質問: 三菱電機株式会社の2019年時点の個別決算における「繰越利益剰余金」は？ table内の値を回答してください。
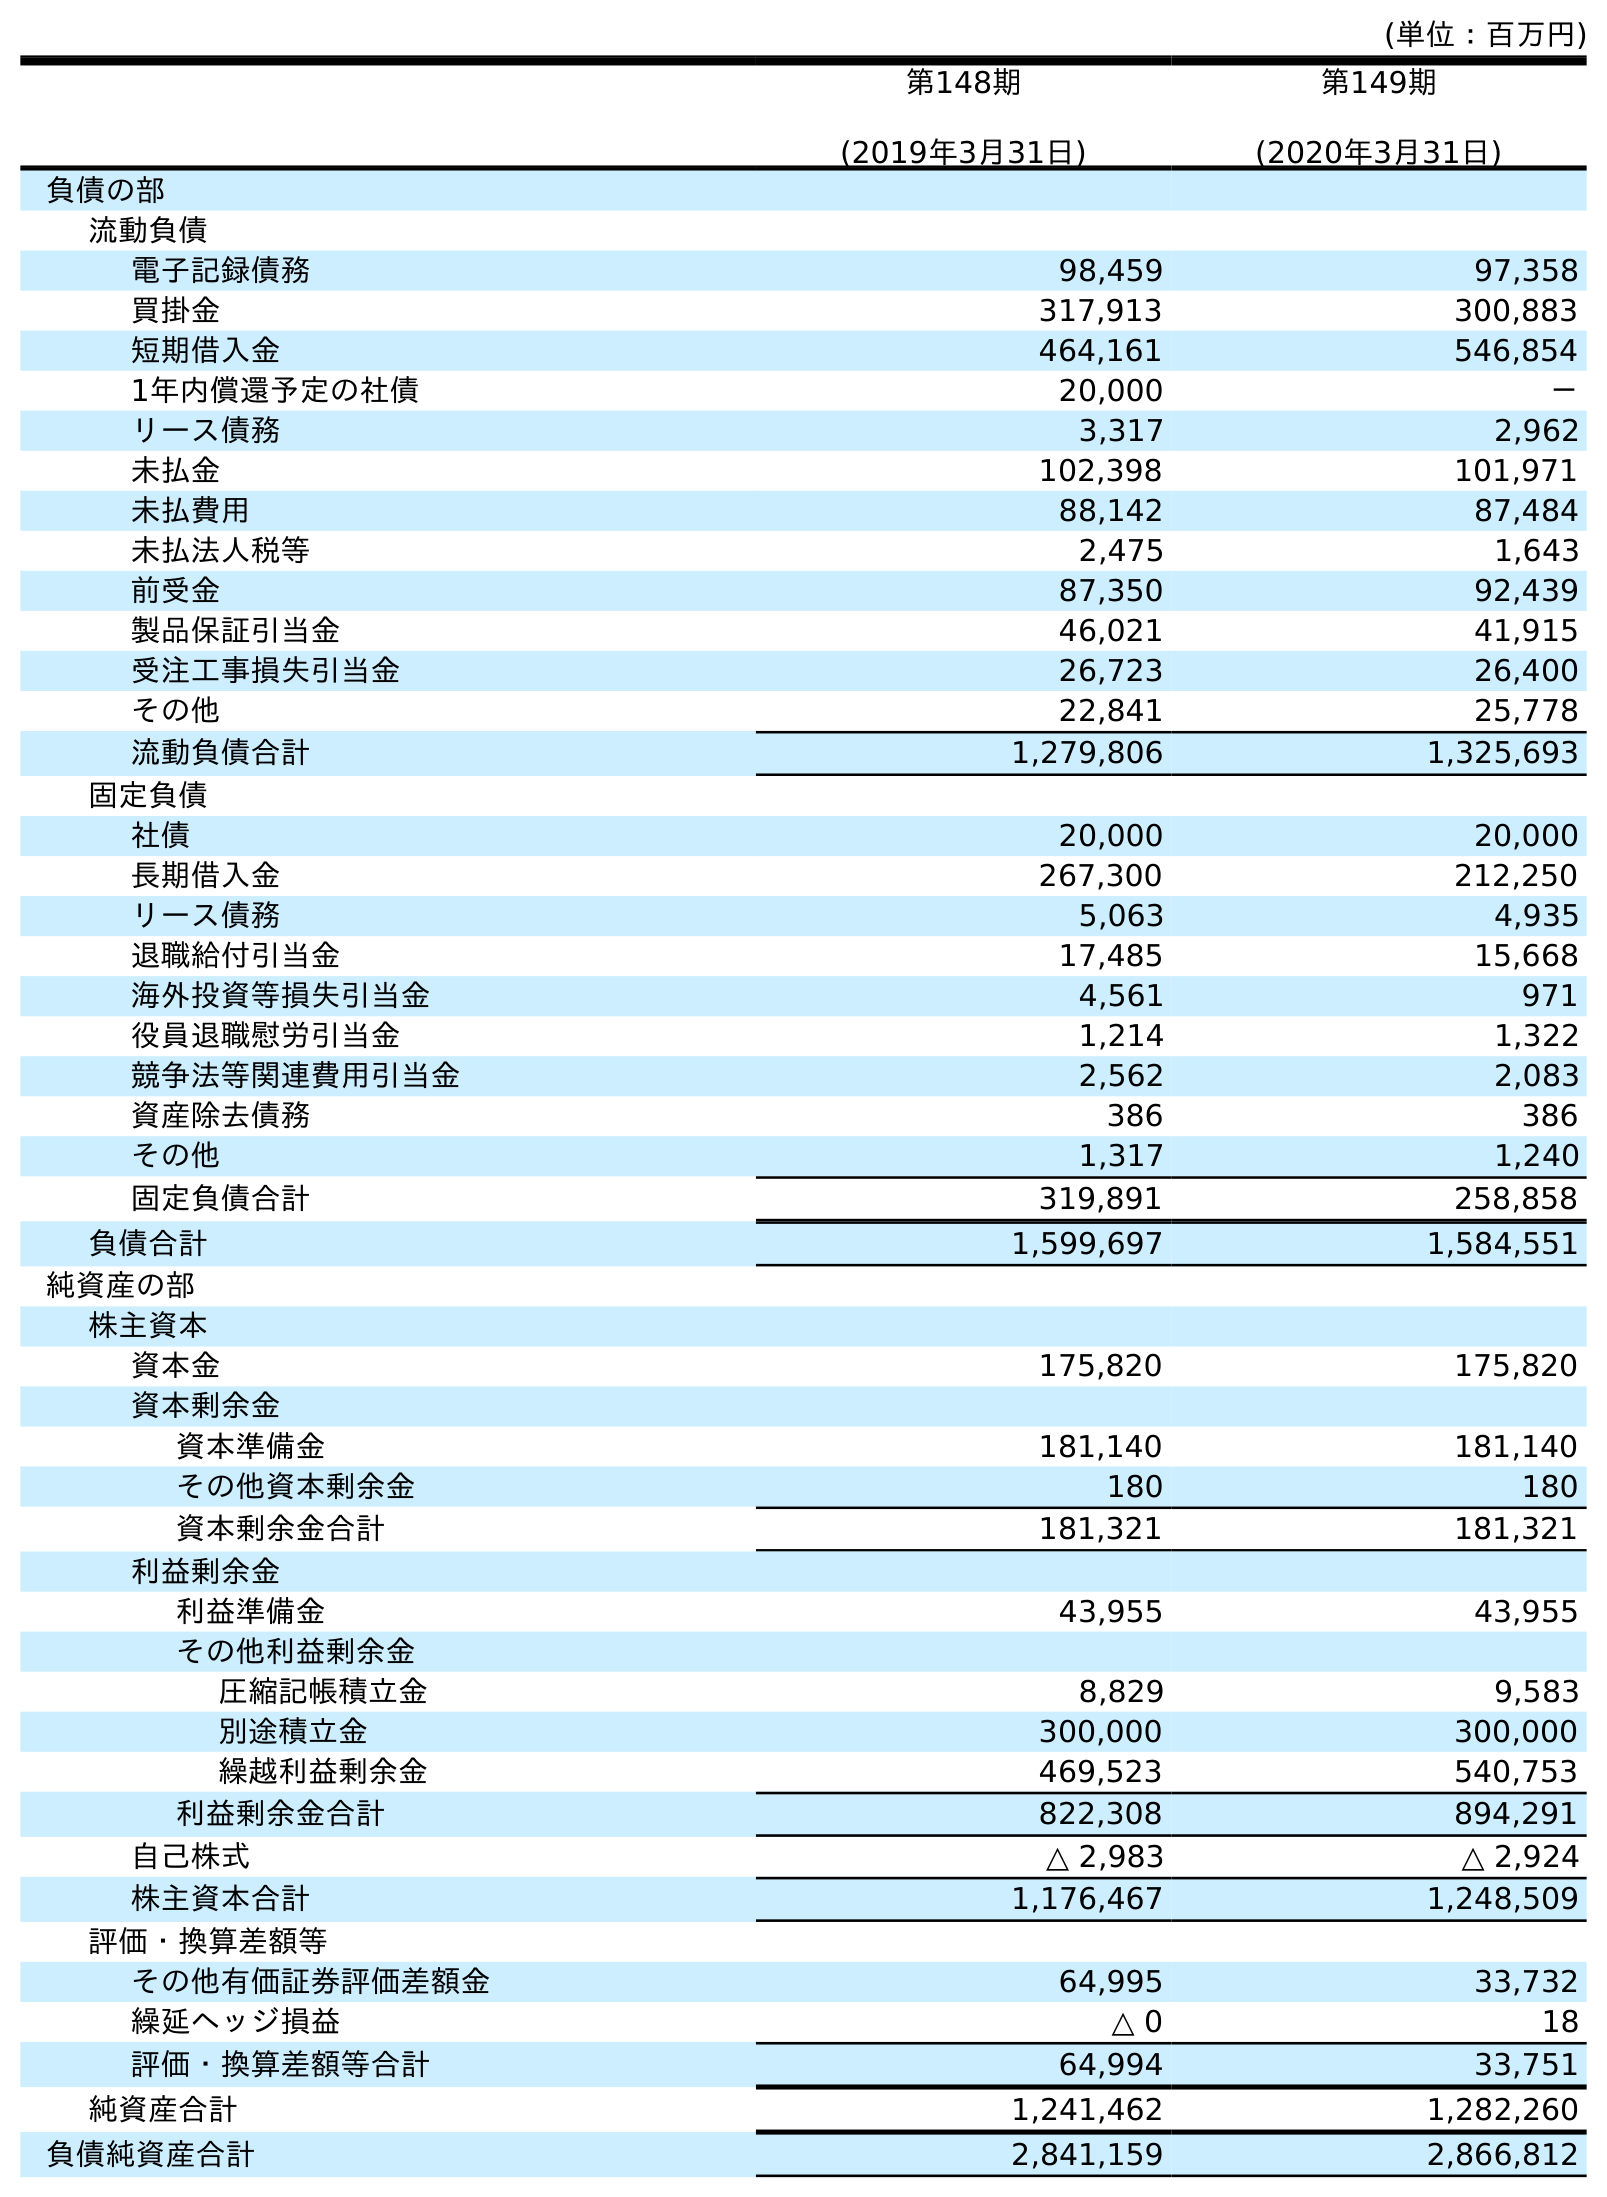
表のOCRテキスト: (単位：百万円) 第148期 (2019年3月31日) 第149期 (2020年3月31日) 負債の部 流動負債 電子記録債務 98,459 97,358 買掛金 317,913 300,883 短期借入金 464,161 546,854 1年内償還予定の社債 20,000 － リース債務 3,317 2,962 未払金 102,398 101,971 未払費用 88,142 87,484 未払法人税等 2,475 1,643 前受金 87,350 92,439 製品保証引当金 46,021 41,915 受注工事損失引当金 26,723 26,400 その他 22,841 25,778 流動負債合計 1,279,806 1,325,693 固定負債 社債 20,000 20,000 長期借入金 267,300 212,250 リース債務 5,063 4,935 退職給付引当金 17,485 15,668 海外投資等損失引当金 4,561 971 役員退職慰労引当金 1,214 1,322 競争法等関連費用引当金 2,562 2,083 資産除去債務 386 386 その他 1,317 1,240 固定負債合計 319,891 258,858 負債合計 1,599,697 1,584,551 純資産の部 株主資本 資本金 175,820 175,820 資本剰余金 資本準備金 181,140 181,140 その他資本剰余金 180 180 資本剰余金合計 181,321 181,321 利益剰余金 利益準備金 43,955 43,955 その他利益剰余金 圧縮記帳積立金 8,829 9,583 別途積立金 300,000 300,000 繰越利益剰余金 469,523 540,753 利益剰余金合計 822,308 894,291 自己株式 △ 2,983 △ 2,924 株主資本合計 1,176,467 1,248,509 評価・換算差額等 その他有価証券評価差額金 64,995 33,732 繰延ヘッジ損益 △ 0 18 評価・換算差額等合計 64,994 33,751 純資産合計 1,241,462 1,282,260 負債純資産合計 2,841,159 2,866,812
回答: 469,523